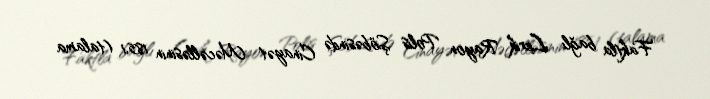
Faktla bağlı Lerik Rayon Polis Şöbəsində Cinayət Məcəlləsinin 185.1 (talama